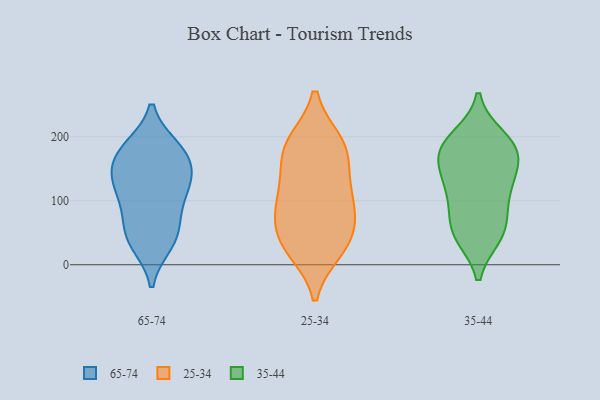
{"axis": {"x": "Active Users", "y": "Value"}, "legend": ["25-34", "35-44", "65-74"], "data": [{"x": "", "y": 182, "type": "65-74"}, {"x": "", "y": 168, "type": "65-74"}, {"x": "", "y": 144, "type": "65-74"}, {"x": "", "y": 183, "type": "65-74"}, {"x": "", "y": 138, "type": "65-74"}, {"x": "", "y": 125, "type": "65-74"}, {"x": "", "y": 45, "type": "65-74"}, {"x": "", "y": 176, "type": "65-74"}, {"x": "", "y": 128, "type": "65-74"}, {"x": "", "y": 67, "type": "65-74"}, {"x": "", "y": 37, "type": "65-74"}, {"x": "", "y": 108, "type": "65-74"}, {"x": "", "y": 33, "type": "65-74"}, {"x": "", "y": 86, "type": "65-74"}, {"x": "", "y": 49, "type": "25-34"}, {"x": "", "y": 100, "type": "25-34"}, {"x": "", "y": 78, "type": "25-34"}, {"x": "", "y": 136, "type": "25-34"}, {"x": "", "y": 191, "type": "25-34"}, {"x": "", "y": 24, "type": "25-34"}, {"x": "", "y": 26, "type": "25-34"}, {"x": "", "y": 189, "type": "25-34"}, {"x": "", "y": 167, "type": "25-34"}, {"x": "", "y": 112, "type": "25-34"}, {"x": "", "y": 85, "type": "25-34"}, {"x": "", "y": 186, "type": "25-34"}, {"x": "", "y": 38, "type": "25-34"}, {"x": "", "y": 187, "type": "35-44"}, {"x": "", "y": 106, "type": "35-44"}, {"x": "", "y": 110, "type": "35-44"}, {"x": "", "y": 133, "type": "35-44"}, {"x": "", "y": 166, "type": "35-44"}, {"x": "", "y": 182, "type": "35-44"}, {"x": "", "y": 46, "type": "35-44"}, {"x": "", "y": 67, "type": "35-44"}, {"x": "", "y": 51, "type": "35-44"}, {"x": "", "y": 49, "type": "35-44"}, {"x": "", "y": 133, "type": "35-44"}, {"x": "", "y": 185, "type": "35-44"}, {"x": "", "y": 165, "type": "35-44"}, {"x": "", "y": 198, "type": "35-44"}]}